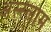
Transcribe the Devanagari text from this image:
अस्‍स्‍लाम